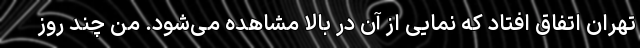
تهران اتفاق افتاد که نمایی از آن در بالا مشاهده می‌شود. من چند روز